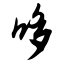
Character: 哆